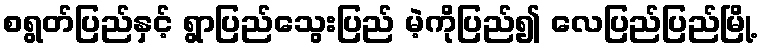
စရွတ်ပြည်နှင့် ရွာပြည်သွေးပြည် မဲ့ကိုပြည်၍ လေပြည်ပြည်မြို့